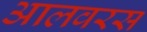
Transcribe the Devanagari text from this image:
आलवरस